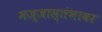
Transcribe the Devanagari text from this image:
मज्जास्तंभावर